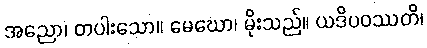
အညော၊ တပါးသော။ မေဃော၊ မိုးသည်။ ယဒိပဝဿတိ၊